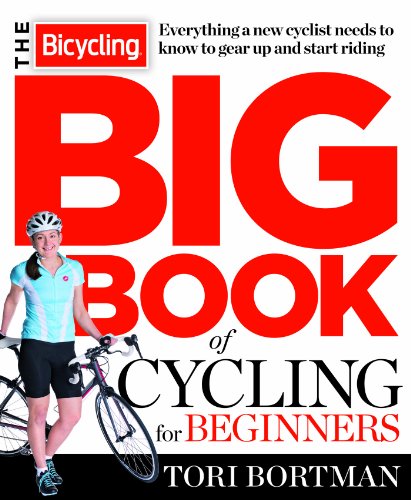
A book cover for The Bicycling Big Book of Cycling for Beginners: Everything a new cyclist needs to know to gear up and start riding; Tori Bortman; Sports & Outdoors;